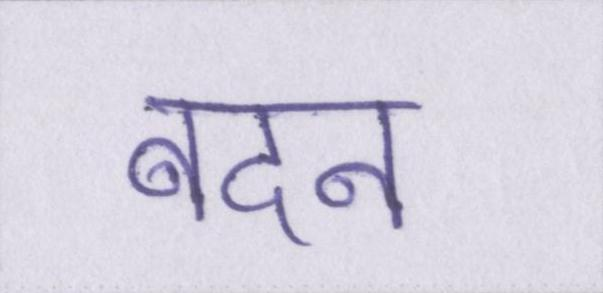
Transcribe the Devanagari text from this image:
बदन